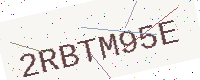
Text: 2RBTM95E